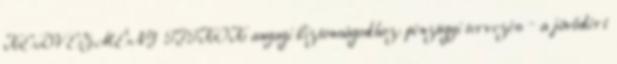
KEDVEZMÉNY TITKOK anyagi biztonságodhoz: pénzügyi tervezés – a jövődért